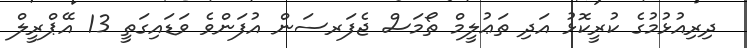
ދިރިއުޅުމުގެ ކުރީކޮޅު އަދި ތަޢުލީމް ތޯމަސް ޖެފަރސަން އުފަންވެ ވަޑައިގަތީ 13 އޭޕްރީލް